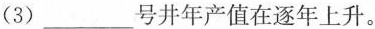
(3)___号井年产值在逐年上升。